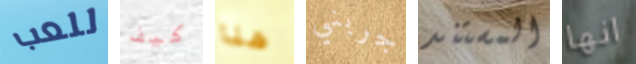
للعب كيف هنا جربني المستند انها